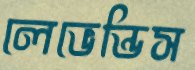
লেভেন্ডিস